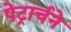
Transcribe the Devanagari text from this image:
पेट्रार्चने